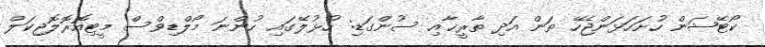
ކޯޓޭޝަން ހުށަހަޅަންޖެހޭ ތަން އަދި ތާރީޚާއި ސުންގަޑި: ހުޅުލޭގައި ހުންނަ މޯލްޑިވްސް މީޓިއޮރޮލޮޖިކަލް